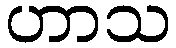
ဟာသ